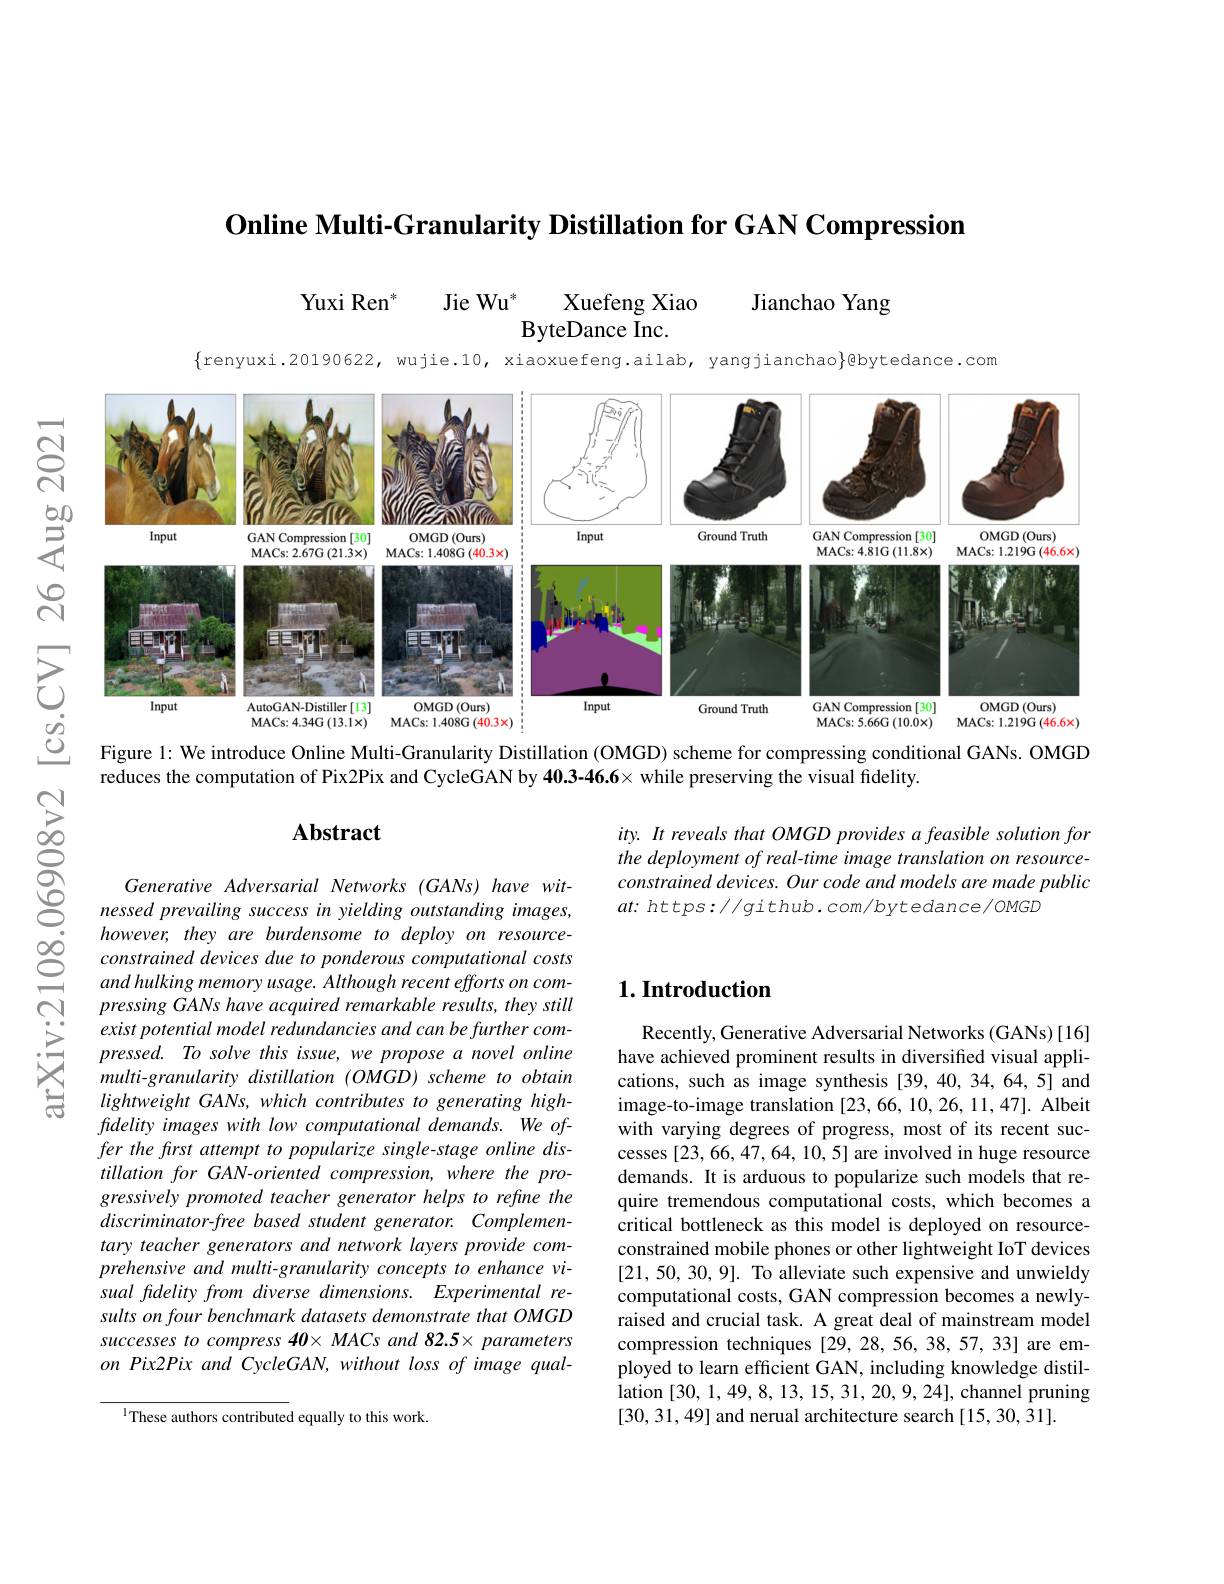
$\textbf{Online Multi- Granularity Distillation for GAN Compression}$

Yuxi Ren"
$\mathrm{Jie~Wu}^{*}$
Xuefeng Xiao
Jianchao Yang
ByteDance Inc.

$\{$renyuxi.20190622,wujie.10, xiaoxuefeng.ailab, yangjianchao$\}$@bytedance.com

<FigureHere>

Figure 1: We introduce Online Multi-Granularity Distillation (OMGD) scheme for compressing conditional GANs. OMGD
reduces the computation of Pix2Pix and CycleGAN by 40.3-46.6× while preserving the visual fidelity.

## Abstract

06908v2

ity. It reveals that OMGD provides a feasible solution for the deployment of real-time image translation on resourceconstrained devices. Our code and models are made public $at{:}$ https://github. com/bytedance/OMGD

### $1. \textbf{Introduction}$

arXiv:2108

Generative Adversarial Networks (GANs) have witnessed prevailing success in yielding outstanding images, however, they are burdensome to deploy on resourceconstrained devices due to ponderous computational costs and hulking memory usage. Although recent efforts on compressing GANs have acquired remarkable results, they still exist potential model redundancies and can be further compressed. To solve this issue, we propose a novel online multi-granularity distillation (OMGD) scheme to obtain $lightweightGANs,whichcontributes$ to generating highfidelity images with low computational demands. We offer the frst attempt to popularize single-stage online distillation for GAN-oriented compression, where the progressively promoted teacher generator helps to refine the $discriminator-free$ based student generator. Complementary teacher generators and network layers provide comprehensive and multi-granularity concepts to enhance visual fidelity from diverse dimensions. Experimental results on four benchmark datasets demonstrate that OMGD successes to compress 40× MACs and 82.5× parameters on Pix2Pix and CycleGAN, without loss of image qual-

Recently, Generative Adversarial Networks (GANs)[16] have achieved prominent results in diversifted visual applications, such as image synthesis [39,40,34,64,5] and image-to-image translation [23,66,10,26,11,47]. Albeit with varying degrees of progress, most of its recent successes [23,66,47,64,10,5] are involved in huge resource demands. It is arduous to popularize such models that require tremendous computational costs, which becomes a critical bottleneck as this model is deployed on resourceconstrained mobile phones or other lightweight IoT devices [21,50,30,9]. To alleviate such expensive and unwieldy computational costs, GAN compression becomes a newlyraised and crucial task. A great deal of mainstream model compression techniques [29,28,56,38,57,33] are employed to learn efficient GAN, including knowledge distil- $\dot{\text{lation }[30,1,49,8,13,15,31,20,9,24]},\dot{\text{channel pruning}}$ [30,31,49] and nerual architecture search [15,30,31].

$^{\mathrm{l}}$These authors contributed equally to this work.